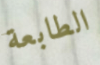
الطابعة